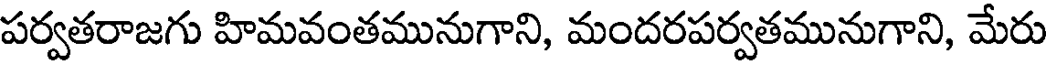
పర్వతరాజగు హిమవంతమునుగాని, మందరపర్వతమునుగాని, మేరు